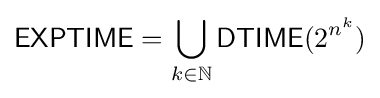
{\mathsf {EXPTIME}}=\bigcup _{k\in \mathbb {N} }{\mathsf {DTIME}}(2^{n^{k}})